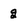
Character: g